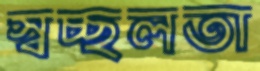
স্বচ্ছলতা